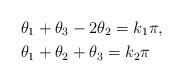
LaTeX: \begin{align*}&\theta_1+\theta_3-2\theta_2=k_1\pi,\\&\theta_1+\theta_2+\theta_3=k_2\pi\end{align*}